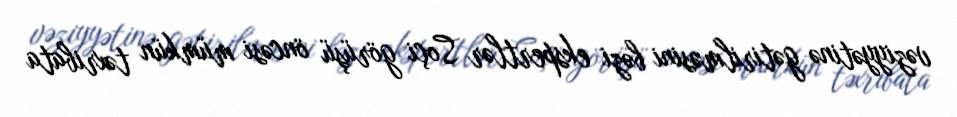
vəziyyətinə gətirilməsini bəzi ekspertlər Soçi görüşü öncəsi mümkün təxribata